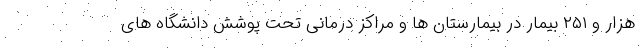
هزار و ۲۵۱ بیمار در بیمارستان ها و مراکز درمانی تحت پوشش دانشگاه های